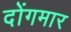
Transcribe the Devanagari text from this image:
दोंगमार